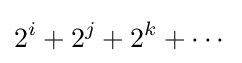
2^{i}+2^{j}+2^{k}+\cdots